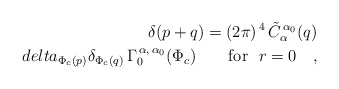
\begin{align*}\delta(p+q)=(2\pi)^{\,4} \,\tilde C_{\alpha}^{\,\alpha_{0}}(q)\\delta_{\Phi_{c}(p)}\delta_{\Phi_{c}(q)}\,\Gamma_{0}^{\,\alpha,\,\alpha_{0}}(\Phi_{c})\qquad\mbox{for }\ r=0\quad ,\end{align*}